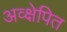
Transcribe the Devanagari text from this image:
अव्क्षेपित